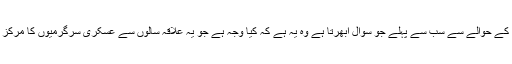
اس علاقے کے حوالے سے سب سے پہلے جو سوال ابھرتا ہے وہ یہ ہے کہ کیا وجہ ہے جو یہ علاقہ سالوں سے عسکری سرگرمیوں کا مرکز بنا ہوا ہے۔